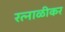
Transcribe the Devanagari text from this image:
रत्नाळीकर